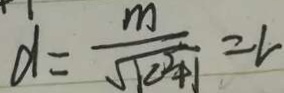
d = \frac { m } { \sqrt { k ^ { 2 } + 1 } } = v